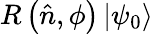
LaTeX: R\left({\hat{n}},\phi\right)\left|\psi_{0}\right\rangle